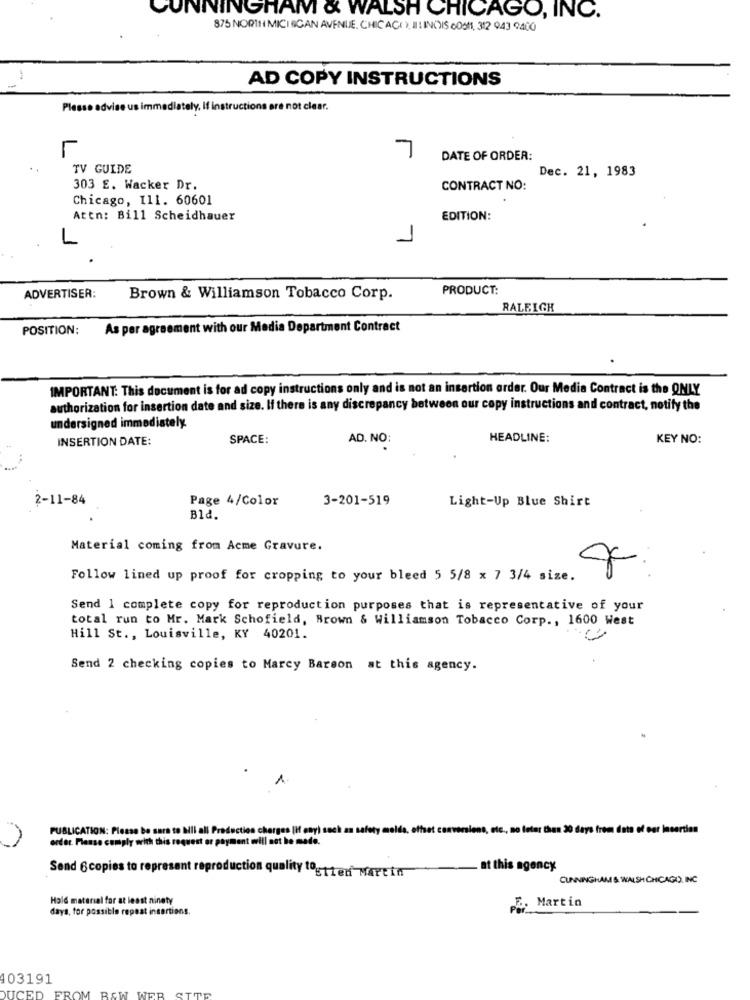
UNNINGHAM & WALSH CHICAGO, INC.
875 NORTH MICHIGAN AVENUE. CHICAGO, IL INOIS 00511, 312 943 9400
AD COPY INSTRUCTIONS
Plesso advise us immediately, If instructions are not clear.
r
7
DATE OF ORDER:
TV GUIDE
Dec. 21, 1983
303 E. Wacker Dr.
CONTRACT NO:
Chicago, 111. 60601
Attn: Bill Scheidhauer
EDITION:
1
PRODUCT:
ADVERTISER:
Brown & Williamson Tobacco Corp.
RALEIGH
POSITION:
As per agreement with our Media Department Contract
IMPORTANT: This document is for ad copy instructions only and is not an insertion order. Our Media Contract is the ONLY
authorization for insertion date and size. If there is any discrepancy between our copy instructions and contract, notify the
undersigned immediately.
INSERTION DATE:
SPACE:
AD. NO:
HEADLINE:
KEY NO:
2-11-84
Page 4/Color
3-201-519
Light-Up Blue Shirt
Bld.
Material coming from Acme Gravure.
Follow lined up proof for cropping to your bleed 5 5/8 x 7 3/4 size.
Send 1 complete copy for reproduction purposes that is representative of your
total run to Mr. Mark Schofield, Brown & Williamson Tobacco Corp ., 1600 West
Hill St ., Louisville, KY 40201.
Send 2 checking copies to Marcy Barson at this agency.
1
PUBLICATION: Please be sara to bill all Prode
os, etc ., no later than 20 days from data of our Insertion
order. Planse comply with this request or payment
Send 6 copies to represent repr
. at this agency
quality togtted Martin
CUNNINGHAM & WALSH CHICAGO. INC
Hald material for at least ninety
days, for possible repeat insertions.
5. Martin
103191
ROW
UCE
TTE